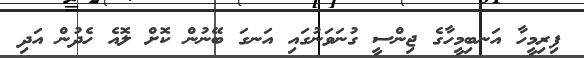
ފިރިމީހާ އަނބިމީހާގެ ޖިންސީ ގުނަވަނުގައި އަނގަ ބޭނުން ކޮށް ލޮއެ ހެދުން އަދި